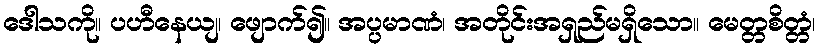
ဒေါသကို။ ပဟီနေယျ၊ ဖျောက်၍။ အပ္ပမာဏံ၊ အတိုင်းအရှည်မရှိသော။ မေတ္တစိတ္တံ၊